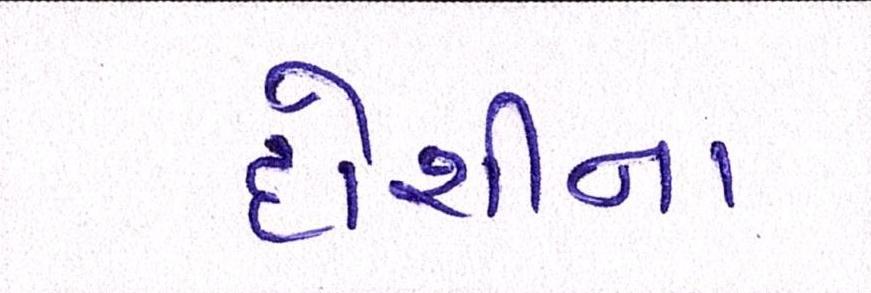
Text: દોશીના